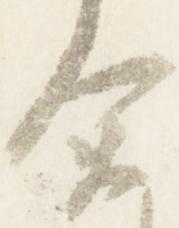
余